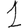
Digit: 1